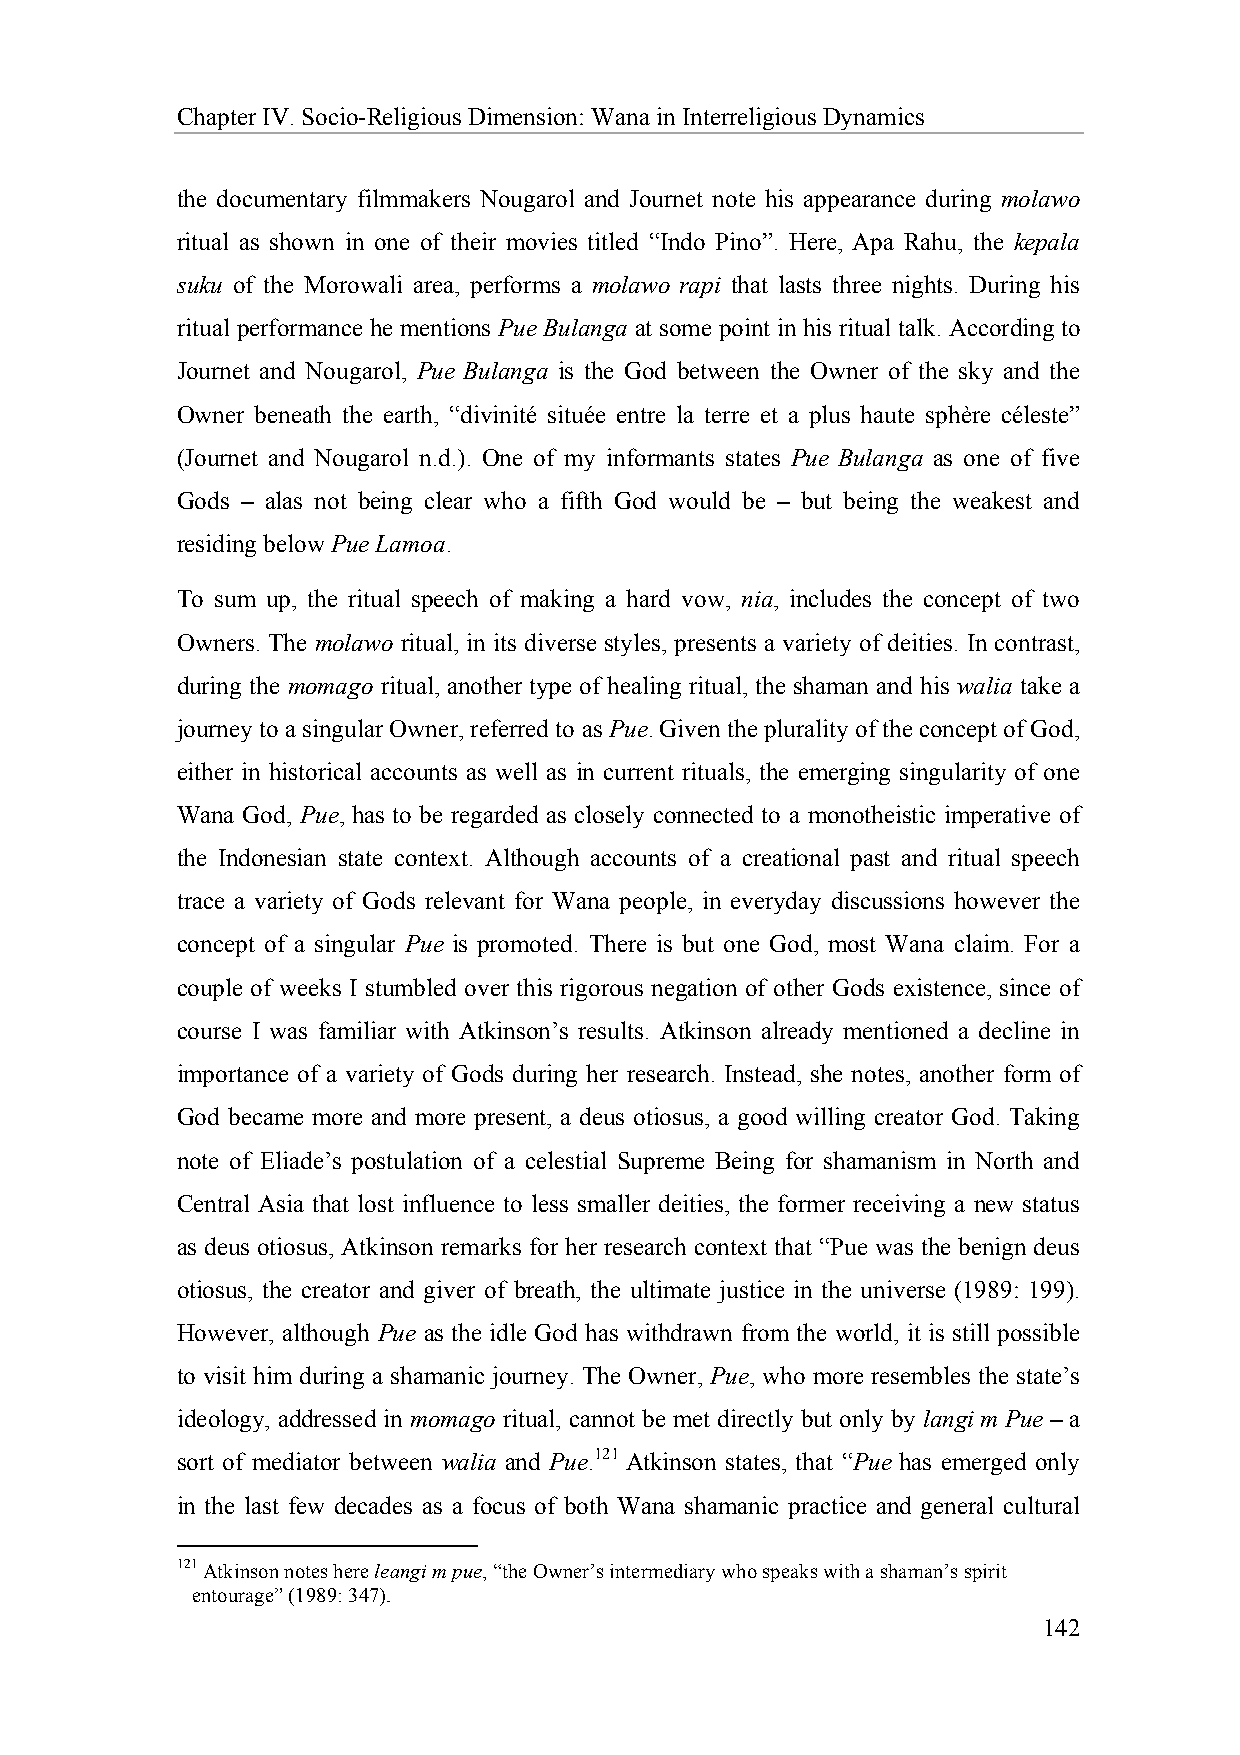
Chapter IV. Socio-Religious Dimension: Wana in Interreligious Dynamics
 the documentary filmmakers Nougarol and Journet note his appearance during molawo
 ritual as shown in one of their movies titled “Indo Pino”. Here, Apa Rahu, the kepala
 suku of the Morowali area, performs a molawo rapi that lasts three nights. During his
 ritual performance he mentions Pue Bulanga at some point in his ritual talk. According to
 Journet and Nougarol, Pue Bulanga is the God between the Owner of the sky and the
 Owner beneath the earth, “divinité située entre la terre et a plus haute sphère céleste”
 (Journet and Nougarol n.d.). One of my informants states Pue Bulanga as one of five
 Gods – alas not being clear who a fifth God would be – but being the weakest and
 residing below Pue Lamoa.
 To sum up, the ritual speech of making a hard vow, nia, includes the concept of two
 Owners. The molawo ritual, in its diverse styles, presents a variety of deities. In contrast,
 during the momago ritual, another type of healing ritual, the shaman and his walia take a
 journey to a singular Owner, referred to as Pue. Given the plurality of the concept of God,
 either in historical accounts as well as in current rituals, the emerging singularity of one
 Wana God, Pue, has to be regarded as closely connected to a monotheistic imperative of
 the Indonesian state context. Although accounts of a creational past and ritual speech
 trace a variety of Gods relevant for Wana people, in everyday discussions however the
 concept of a singular Pue is promoted. There is but one God, most Wana claim. For a
 couple of weeks I stumbled over this rigorous negation of other Gods existence, since of
 course I was familiar with Atkinson’s results. Atkinson already mentioned a decline in
 importance of a variety of Gods during her research. Instead, she notes, another form of
 God became more and more present, a deus otiosus, a good willing creator God. Taking
 note of Eliade’s postulation of a celestial Supreme Being for shamanism in North and
 Central Asia that lost influence to less smaller deities, the former receiving a new status
 as deus otiosus, Atkinson remarks for her research context that “Pue was the benign deus
 otiosus, the creator and giver of breath, the ultimate justice in the universe (1989: 199).
 However, although Pue as the idle God has withdrawn from the world, it is still possible
 to visit him during a shamanic journey. The Owner, Pue, who more resembles the state’s
 ideology, addressed in momago ritual, cannot be met directly but only by langi m Pue – a
 sort of mediator between walia and Pue.121 Atkinson states, that “Pue has emerged only
 in the last few decades as a focus of both Wana shamanic practice and general cultural
 121 Atkinson notes here leangi m pue, “the Owner’s intermediary who speaks with a shaman’s spirit
 entourage” (1989: 347).
 142